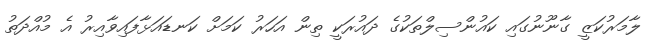
ލާމަރުކަޒީ ގާނޫނުގައި ކައުންސިލްތަކުގެ ދައުރަކީ ތިން އަހަރު ކަމަށް ކަނޑައަޅާފައިވާއިރު އެ މުއްދަތު